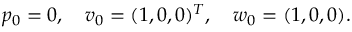
p _ { 0 } = 0 , \quad \boldsymbol { v } _ { 0 } = ( 1 , 0 , 0 ) ^ { T } , \quad \boldsymbol { w } _ { 0 } = ( 1 , 0 , 0 ) .